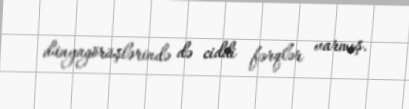
dünyagörüşlərində də ciddi fərqlər varmış.